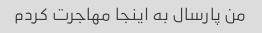
من پارسال به اینجا مهاجرت کردم